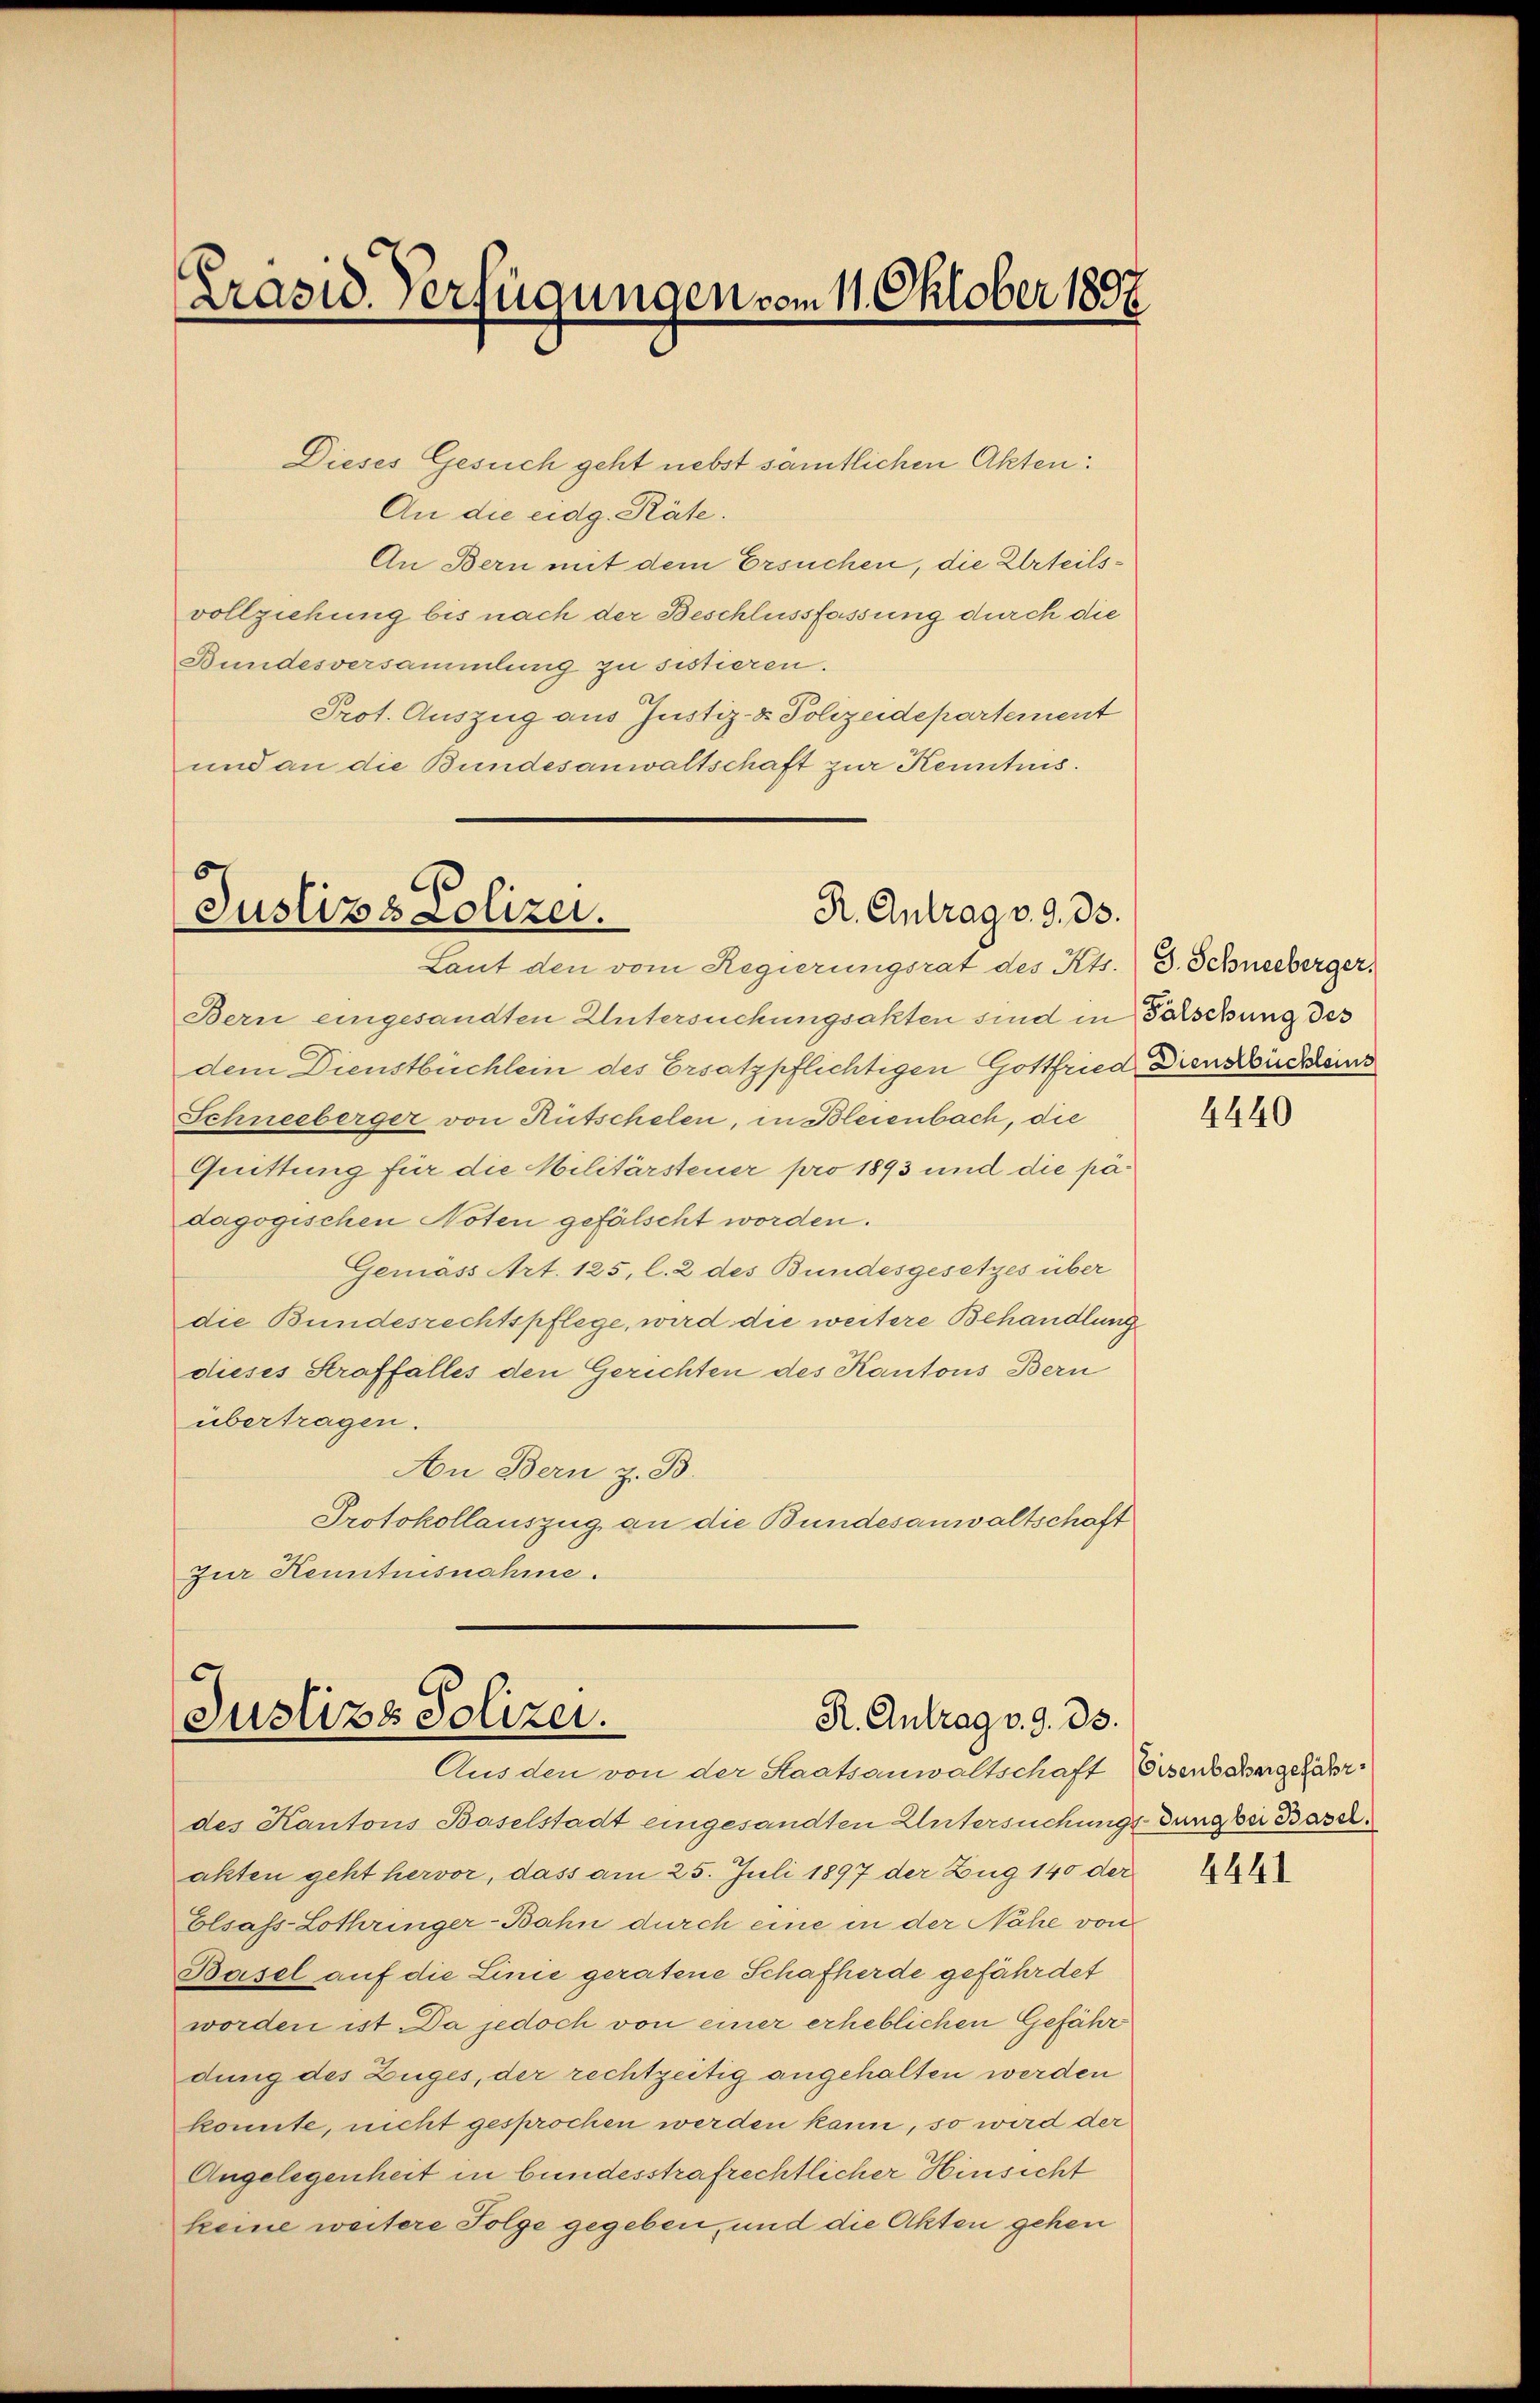
Präsid. Verfügungen vom 11. Oktober 1897

Dieses Gesuch geht nebst sämtlichen Akten:
An die eidg. Räte.
An Bern mit dem Ersuchen, die Urteilsvollziehung bis nach der Beschlussfassung durch die
Bundesversammlung zu sistieren.
Prot. Auszug aus Justiz- & Polizeidepartement
und an die Bundesanwaltschaft zur Kenntnis.

Bern eingesandten Untersuchungsakten sind in Fälschung des
dem Dienstbüchlein des Ersatzpflichtigen Gottfried Dienstückend
Schneeberger von Rutschelen, in Bleienbach, die
Quittung für die Militärsteuer pro 1893 und die padagogischen Noten gefälscht worden.
Gemäss Art. 125, l. 2 des Bundesgesetzes über
die Bundesrechtspflege, wird die weitere Behandlung
dieses Straffalles den Gerichten des Kantons Bern
übertragen.
An Bern z. B.
Protokollauszug an die Bundesanwaltschaft
Zur Henntnisnahme.

Justizs Polizei.
R. Antrag v. 3. 33.
Laut den vom Regierungsrat des Kts. 3. Schneeberger,

Justizs Polizei.
R. Antrag v. 9. 35.
Aus den von der Staatsanwaltschaft Bisenbahngefähr¬

des Kantons Baselstadt eingesandten Untersuchungsdung bei Basel.
akten geht hervor, dass am 25. Juli 1897 der Zug 140 der
Elsass-Lothringer-Bahn durch eine in der Nähe von
Basel auf die Linie geratene Schafherde gefährdet
worden ist. Da jedoch von einer erheblichen Gefähr
dung des Zuges, der rechtzeitig angehalten werden
konnte, nicht gesprochen werden kann, so wird der
Angelegenheit in bundesstrafrechtlicher Hinsicht
keine weitere Folge gegeben, und die Akten gehen

4440

4441